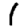
Digit: 1